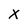
Character: X